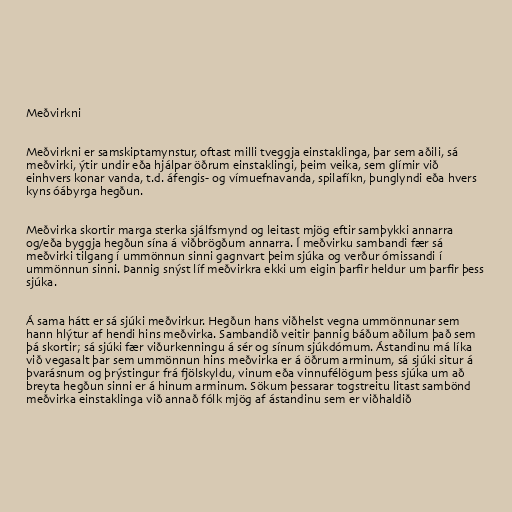
Meðvirkni

Meðvirkni er samskiptamynstur, oftast milli tveggja einstaklinga, þar sem aðili, sá
meðvirki, ýtir undir eða hjálpar öðrum einstaklingi, þeim veika, sem glímir við
einhvers konar vanda, t.d. áfengis- og vímuefnavanda, spilafíkn, þunglyndi eða hvers
kyns óábyrga hegðun.

Meðvirka skortir marga sterka sjálfsmynd og leitast mjög eftir samþykki annarra
og/eða byggja hegðun sína á viðbrögðum annarra. Í meðvirku sambandi fær sá
meðvirki tilgang í ummönnun sinni gagnvart þeim sjúka og verður ómissandi í
ummönnun sinni. Þannig snýst líf meðvirkra ekki um eigin þarfir heldur um þarfir þess
sjúka.

Á sama hátt er sá sjúki meðvirkur. Hegðun hans viðhelst vegna ummönnunar sem
hann hlýtur af hendi hins meðvirka. Sambandið veitir þannig báðum aðilum það sem
þá skortir; sá sjúki fær viðurkenningu á sér og sínum sjúkdómum. Ástandinu má líka
við vegasalt þar sem ummönnun hins meðvirka er á öðrum arminum, sá sjúki situr á
þvarásnum og þrýstingur frá fjölskyldu, vinum eða vinnufélögum þess sjúka um að
breyta hegðun sinni er á hinum arminum. Sökum þessarar togstreitu litast sambönd
meðvirka einstaklinga við annað fólk mjög af ástandinu sem er viðhaldið